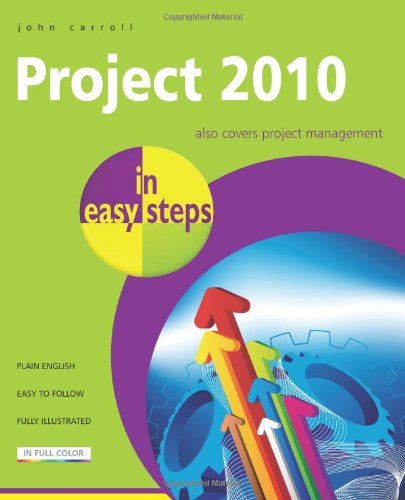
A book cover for Project 2010 in Easy Steps; John Carroll; Computers & Technology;